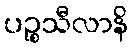
ပဉ္စသီလာနိ